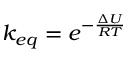
k _ { e q } = e ^ { - \frac { \Delta U } { R T } }